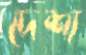
দেশ্য